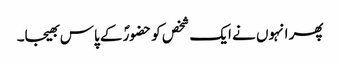
پھر انہوں نے ایک شخص کو حضورؐ کے پاس بھیجا۔